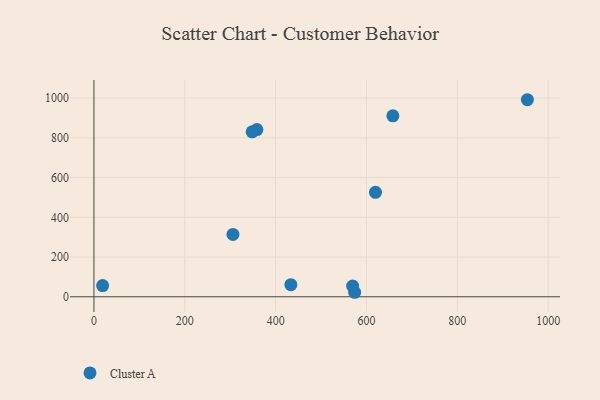
{"axis": {"x": "Distance", "y": "Sales"}, "legend": ["Cluster A"], "data": [{"x": "954.2", "y": 991.9, "type": "Cluster A"}, {"x": "19.1", "y": 56.2, "type": "Cluster A"}, {"x": "569.5", "y": 53.9, "type": "Cluster A"}, {"x": "658.1", "y": 910.7, "type": "Cluster A"}, {"x": "348.3", "y": 830.2, "type": "Cluster A"}, {"x": "574.0", "y": 22.7, "type": "Cluster A"}, {"x": "306.0", "y": 314.0, "type": "Cluster A"}, {"x": "358.7", "y": 841.6, "type": "Cluster A"}, {"x": "619.8", "y": 525.7, "type": "Cluster A"}, {"x": "433.5", "y": 61.0, "type": "Cluster A"}]}